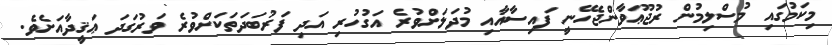
މިކަމުގައި މުސްލިމުން ރުޖޫޢަވާންޖެހޭނީ ފައިސާއާއި މުދަލަށްވުރެ އަގުހުރި އަދި ފަރުބަދަތަކަށްވުރެ ވަރުގަދަ ޢަޤީދާއަށެވެ.